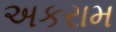
અકરામ